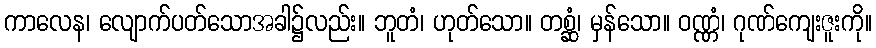
ကာလေန၊ လျောက်ပတ်သောအခါ၌လည်း။ ဘူတံ၊ ဟုတ်သော။ တစ္ဆံ၊ မှန်သော။ ဝဏ္ဏံ၊ ဂုဏ်ကျေးဇူးကို။